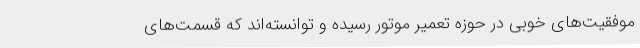
موفقیت‌های خوبی در حوزه تعمیر موتور رسیده و توانسته‌اند که قسمت‌های